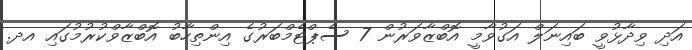
އަދި ވިދާޅުވީ ބައިނަލް އަގުވާމީ އޮބްޒާވަރުން 7 ސެޕްޓެމްބަރުގެ އިންތިހާބު އޮބްޒާވްކުރުމުގައި އދ.